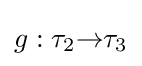
g:\tau _{2}{\to }\tau _{3}